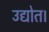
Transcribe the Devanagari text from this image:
उद्योत।